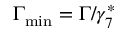
\Gamma _ { \mathrm { m i n } } = \Gamma / \gamma _ { 7 } ^ { \ast }